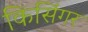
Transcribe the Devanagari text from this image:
किसिंगर